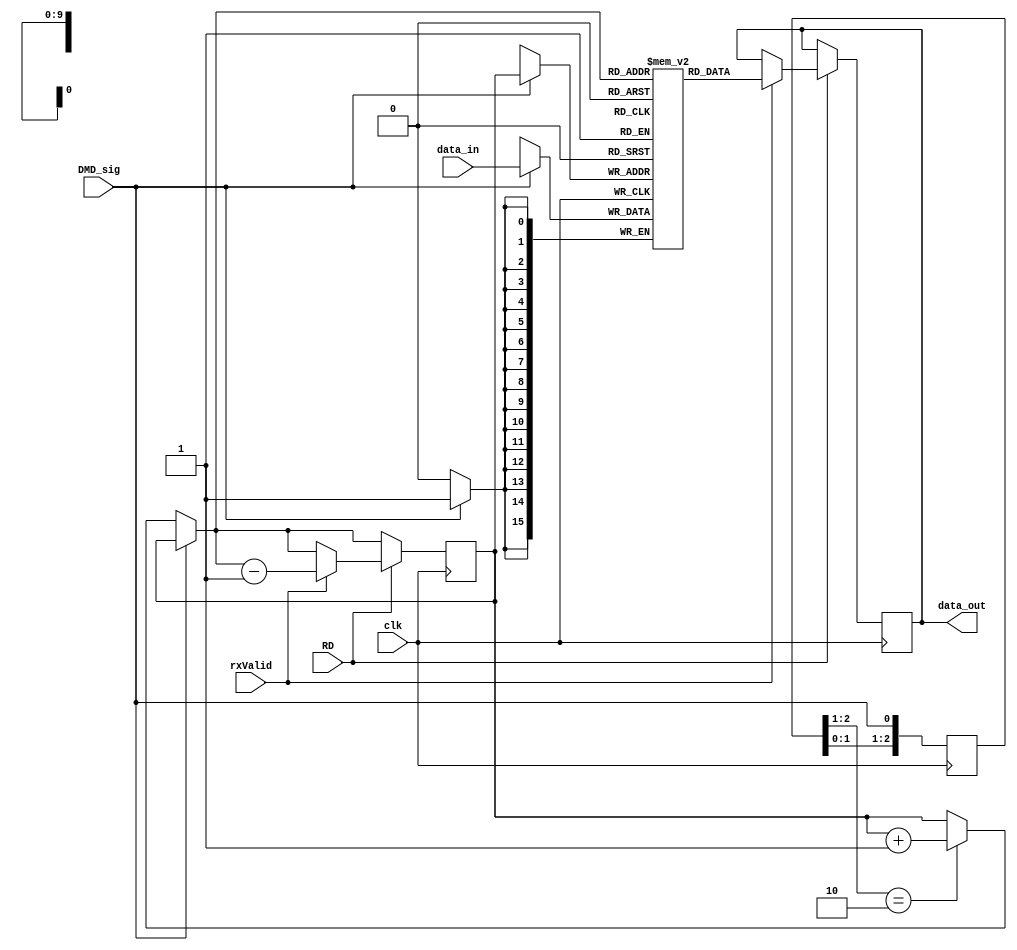
module DataMemory (
    input wire clk,      // Clock signal
    input wire RD,      // Reset signal
	 input wire DMD_sig,
	 input wire [15:0] data_in,
	 input wire rxValid,
  output reg [15:0] data_out = 1 // Output data
);

// Define memory to store 255 pieces of data
reg [15:0] memory [0:1023];


// Address register to read data from memory
reg [9:0] addr = 1;

reg Signal = 0;

// Output register to hold data to emit
reg [15:0] output_data;

reg [2:0] DMD_sig_r;  always @(posedge clk) DMD_sig_r <= { DMD_sig_r[1:0], DMD_sig };
reg [2:0] RD_r;    always @(posedge clk) RD_r  <= {   RD_r[1:0],  RD };
wire DMD_sig_rising  = ( DMD_sig_r[2:1] == 2'b01 );
wire DMD_sig_falling = ( DMD_sig_r[2:1] == 2'b10 );
wire RD_rising =  ( RD_r[2:1] == 2'b10 );
wire RD_falling   = ( RD_r[2:1] == 2'b10 );

initial begin
	memory[0] = 0;
end

always@(posedge clk) begin
	
	if(DMD_sig) memory[addr] <= data_in ;
	else if(DMD_sig_falling) addr = addr + 1;
	
	if(RD) begin 
		if(rxValid) begin 
		  data_out <= memory[addr];
		  addr = addr -1;
		  end
	end
end


endmodule